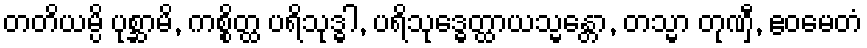
တတိယမ္ပိ ပုစ္ဆာမိ, ကစ္စိတ္ထ ပရိသုဒ္ဓါ, ပရိသုဒ္ဓေတ္ထာယသ္မန္တော, တသ္မာ တုဏှီ, ဧဝမေတံ